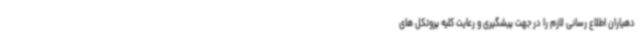
دهیاران اطلاع رسانی لازم را در جهت پیشگیری و رعایت کلیه پروتکل های